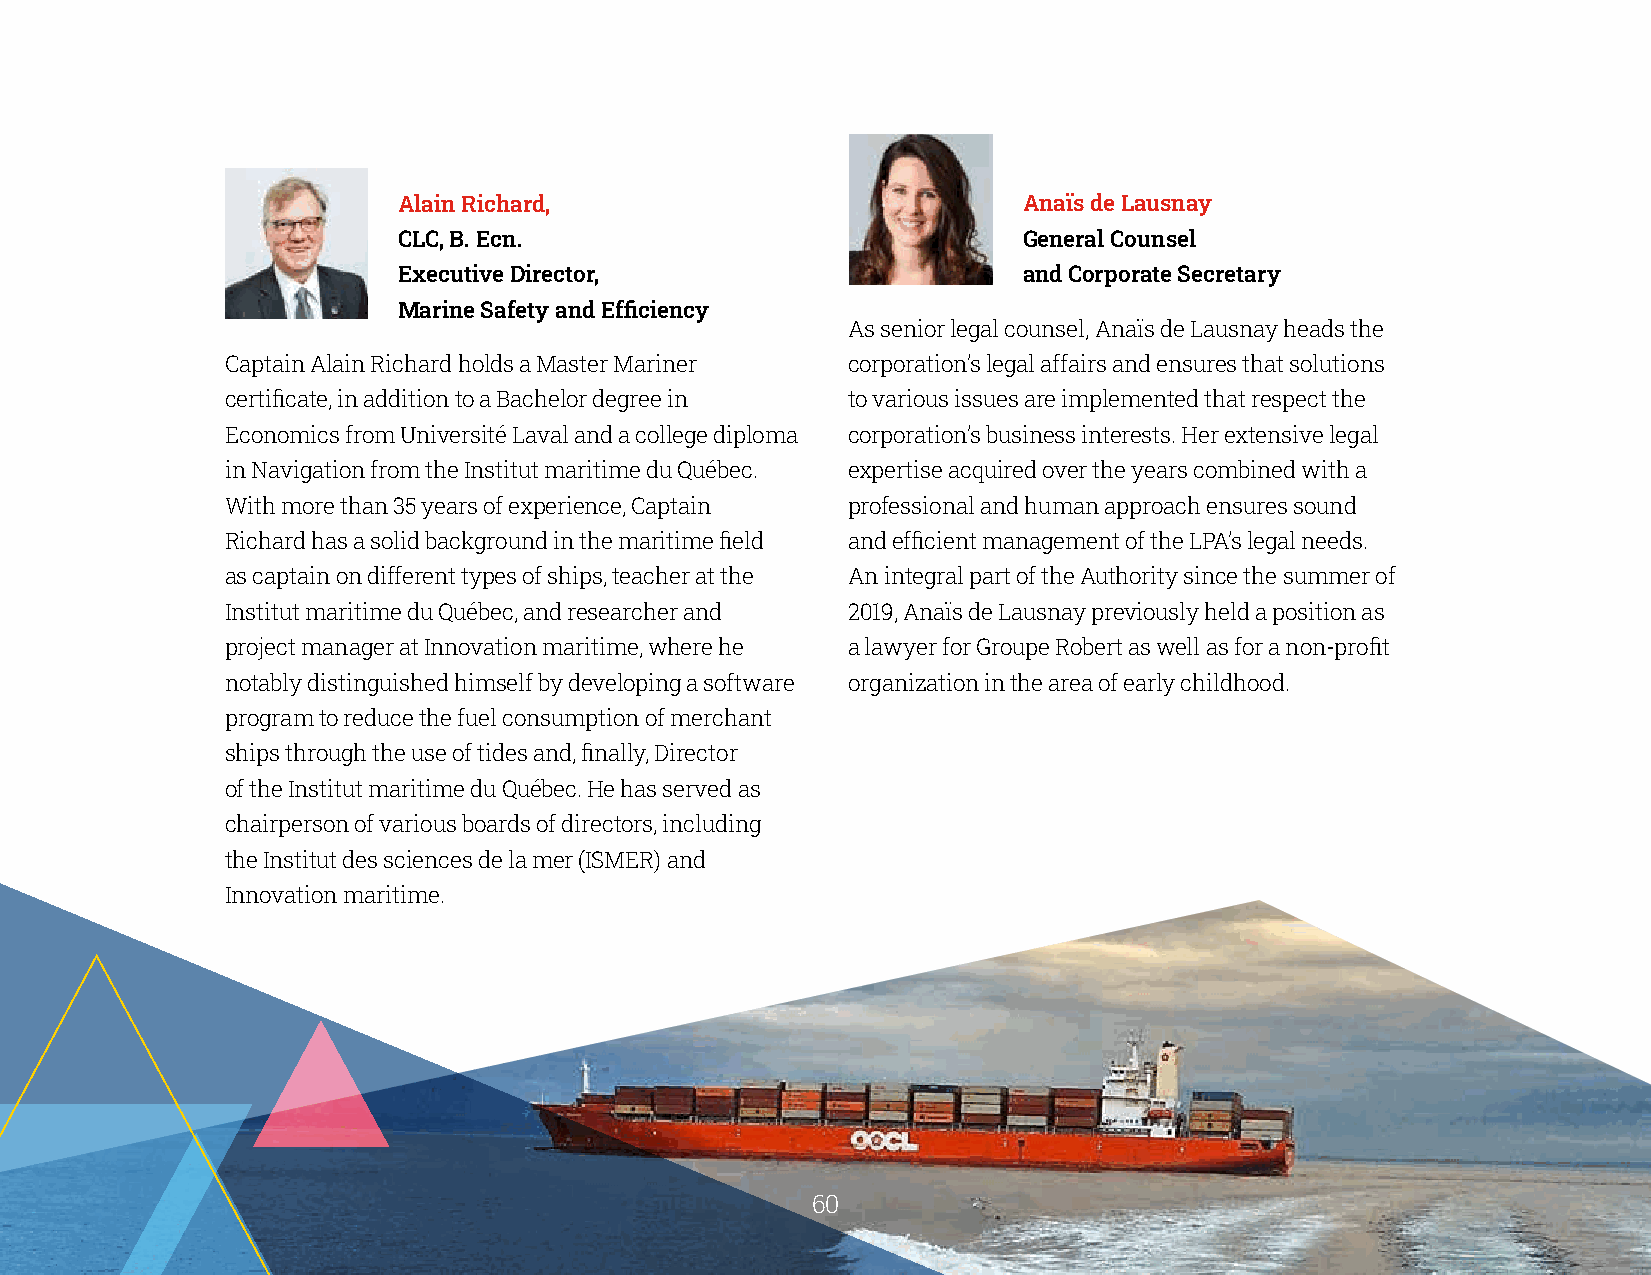
Alain Richard,                            Anaïs de Lausnay
 CLC, B. Ecn.                              General Counsel
 Executive Director,                       and Corporate Secretary
 Marine Safety and Efficiency
 As senior legal counsel, Anaïs de Lausnay heads the
 Captain Alain Richard holds a Master Mariner corporation’s legal affairs and ensures that solutions
 certificate, in addition to a Bachelor degree in to various issues are implemented that respect the
 Economics from Université Laval and a college diploma corporation’s business interests. Her extensive legal
 in Navigation from the Institut maritime du Québec. expertise acquired over the years combined with a
 With more than 35 years of experience, Captain professional and human approach ensures sound
 Richard has a solid background in the maritime field and efficient management of the LPA’s legal needs.
 as captain on different types of ships, teacher at the An integral part of the Authority since the summer of
 Institut maritime du Québec, and researcher and 2019, Anaïs de Lausnay previously held a position as
 project manager at Innovation maritime, where he a lawyer for Groupe Robert as well as for a non-profit
 notably distinguished himself by developing a software organization in the area of early childhood.
 program to reduce the fuel consumption of merchant
 ships through the use of tides and, finally, Director
 of the Institut maritime du Québec. He has served as
 chairperson of various boards of directors, including
 the Institut des sciences de la mer (ISMER) and
 Innovation maritime.
 6600